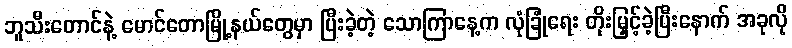
ဘူသီးတောင်နဲ့ မောင်တောမြို့နယ်တွေမှာ ပြီးခဲ့တဲ့ သောကြာနေ့က လုံခြုံရေး တိုးမြှင့်ခဲ့ပြီးနောက် အခုလို